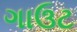
ગાઉટ